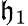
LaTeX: \mathfrak{h}_{1}